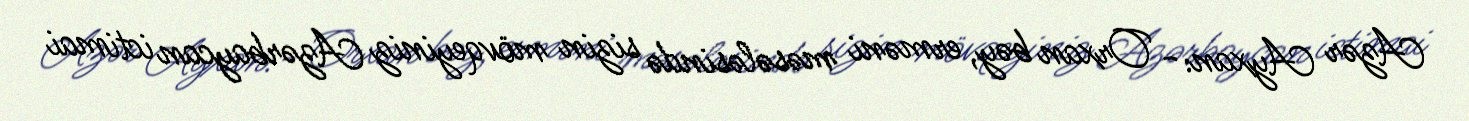
Azər Ayxan:- Orxan bəy, erməni məsələsində sizin mövqeyiniz Azərbaycan ictimai